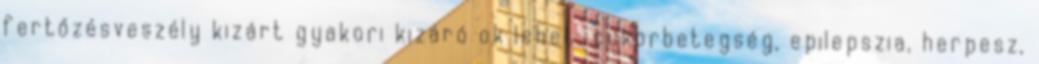
fertőzésveszély kizárt gyakori kizáró ok lehet: cukorbetegség, epilepszia, herpesz,